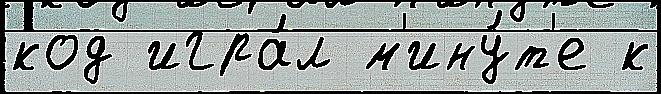
код игра́л м'ину́т'е к